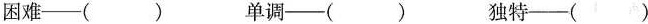
困难——() 单调——() 独特——()